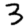
Digit: 3